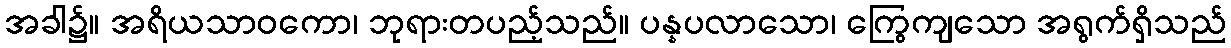
အခါ၌။ အရိယသာဝကော၊ ဘုရားတပည့်သည်။ ပန္နပလာသော၊ ကြွေကျသော အရွက်ရှိသည်